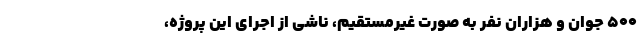
۵۰۰ جوان و هزاران نفر به صورت غیرمستقیم، ناشی از اجرای این پروژه،